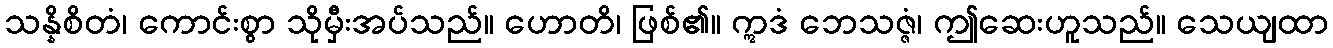
သန္နိစိတံ၊ ကောင်းစွာ သိုမှီးအပ်သည်။ ဟောတိ၊ ဖြစ်၏။ ဣဒံ ဘေသဇ္ဇံ၊ ဤဆေးဟူသည်။ သေယျထာ